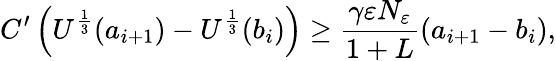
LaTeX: C^{\prime}\left(U^{\frac{1}{3}}(a_{i+1})-U^{\frac{1}{3}}(b_{i})\right)\geq\frac{\gamma\varepsilon N_{\varepsilon}}{1+L}(a_{i+1}-b_{i}),